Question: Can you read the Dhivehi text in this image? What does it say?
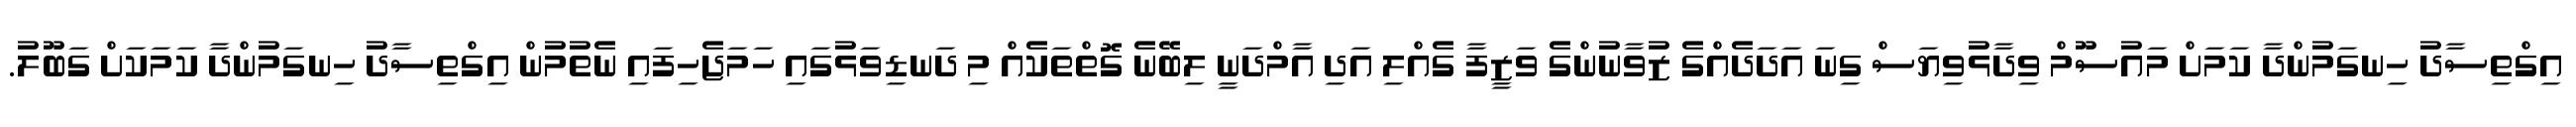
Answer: އިގްތިސާދު ހިނގަމުންދާ ކަމަށް މައުސޫމް ވިދާޅުވިޔަސް ގިނަ އަދަދެއްގެ ޒުވާނުންގެ ވަޒީފާ ގެއްލި އަދި އާމްދަނީ ލިބޭނެ ގޮތްތަކެއް މި ދަނޑިވަޅުގައި ހަމަޖެހިފައި ނެތުމުން އިގްތިސާދު ހިނގަމުންދާ ކަމަކަށް ގަބޫލު.